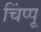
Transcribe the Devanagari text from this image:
चिंप्पू